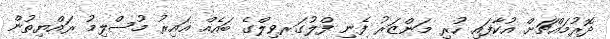
ދޮރުމައްޗަށް އުކާފައި ހުރި މަންޒަރު ފެނި ފްލުގަރވިލްގެ ބައެއް ޣައިރު މުސްލިމު ރައްޔިތުން